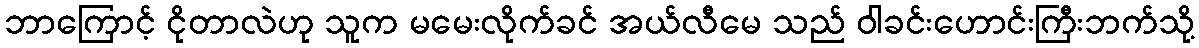
ဘာကြောင့် ငိုတာလဲဟု သူက မမေးလိုက်ခင် အယ်လီမေ သည် ဝါခင်းဟောင်းကြီးဘက်သို့